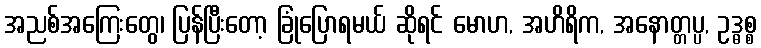
အညစ်အကြေးတွေ၊ ပြန်ပြီးတော့ ခြုံပြောရမယ် ဆိုရင် မောဟ, အဟိရိက, အနောတ္တပ္ပ, ဥဒ္ဓစ္စ